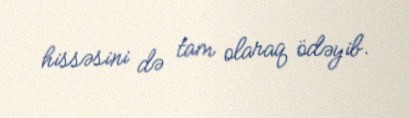
hissəsini də tam olaraq ödəyib.